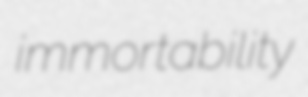
immortability